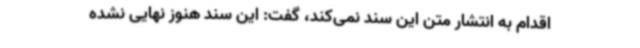
اقدام به انتشار متن این سند نمی‌کند، گفت: این سند هنوز نهایی نشده